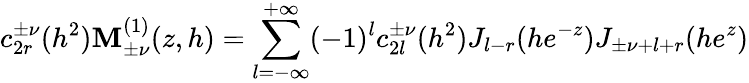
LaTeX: c_{2r}^{\pm\nu}(h^{2})\mathbf{M}_{\pm\nu}^{(1)}(z,h)=\sum_{l=-\infty}^{+\infty}(-1)^{l}c_{2l}^{\pm\nu}(h^{2})J_{l-r}(he^{-z})J_{\pm\nu+l+r}(he^{z})